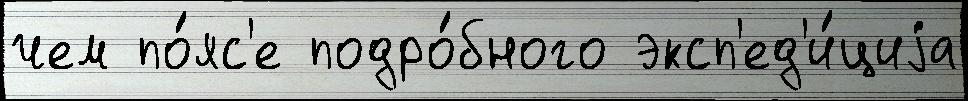
чем по́яс'е подро́бного эксп'ед'и́циjа